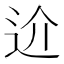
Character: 𨑸